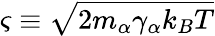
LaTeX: \varsigma\equiv\sqrt{2m_{\alpha}\gamma_{\alpha}k_{B}T}